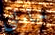
حاولتي